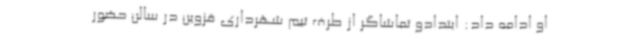
او ادامه داد: ابتدادو تماشاگر از طرف تیم شهرداری قزوین در سالن حضور